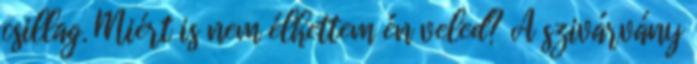
csillag. Miért is nem élhettem én veled? A szivárvány